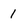
Character: 1